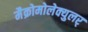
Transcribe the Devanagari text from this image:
मैक्रोमोलेक्युलर्